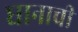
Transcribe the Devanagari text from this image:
घानाची